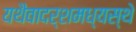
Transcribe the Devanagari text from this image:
यथैवादर्शमध्यस्थे